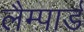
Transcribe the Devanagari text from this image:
लैम्पार्ड